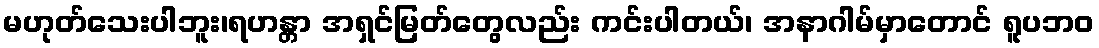
မဟုတ်သေးပါဘူး၊ရဟန္တာ အရှင်မြတ်တွေလည်း ကင်းပါတယ်၊ အနာဂါမ်မှာတောင် ရူပဘဝ